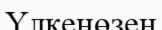
Үлкенөзен